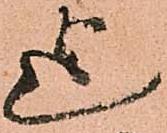
迄